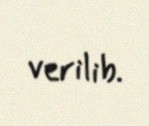
verilib.